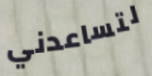
لتساعدني